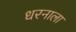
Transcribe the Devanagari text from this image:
धरनाला